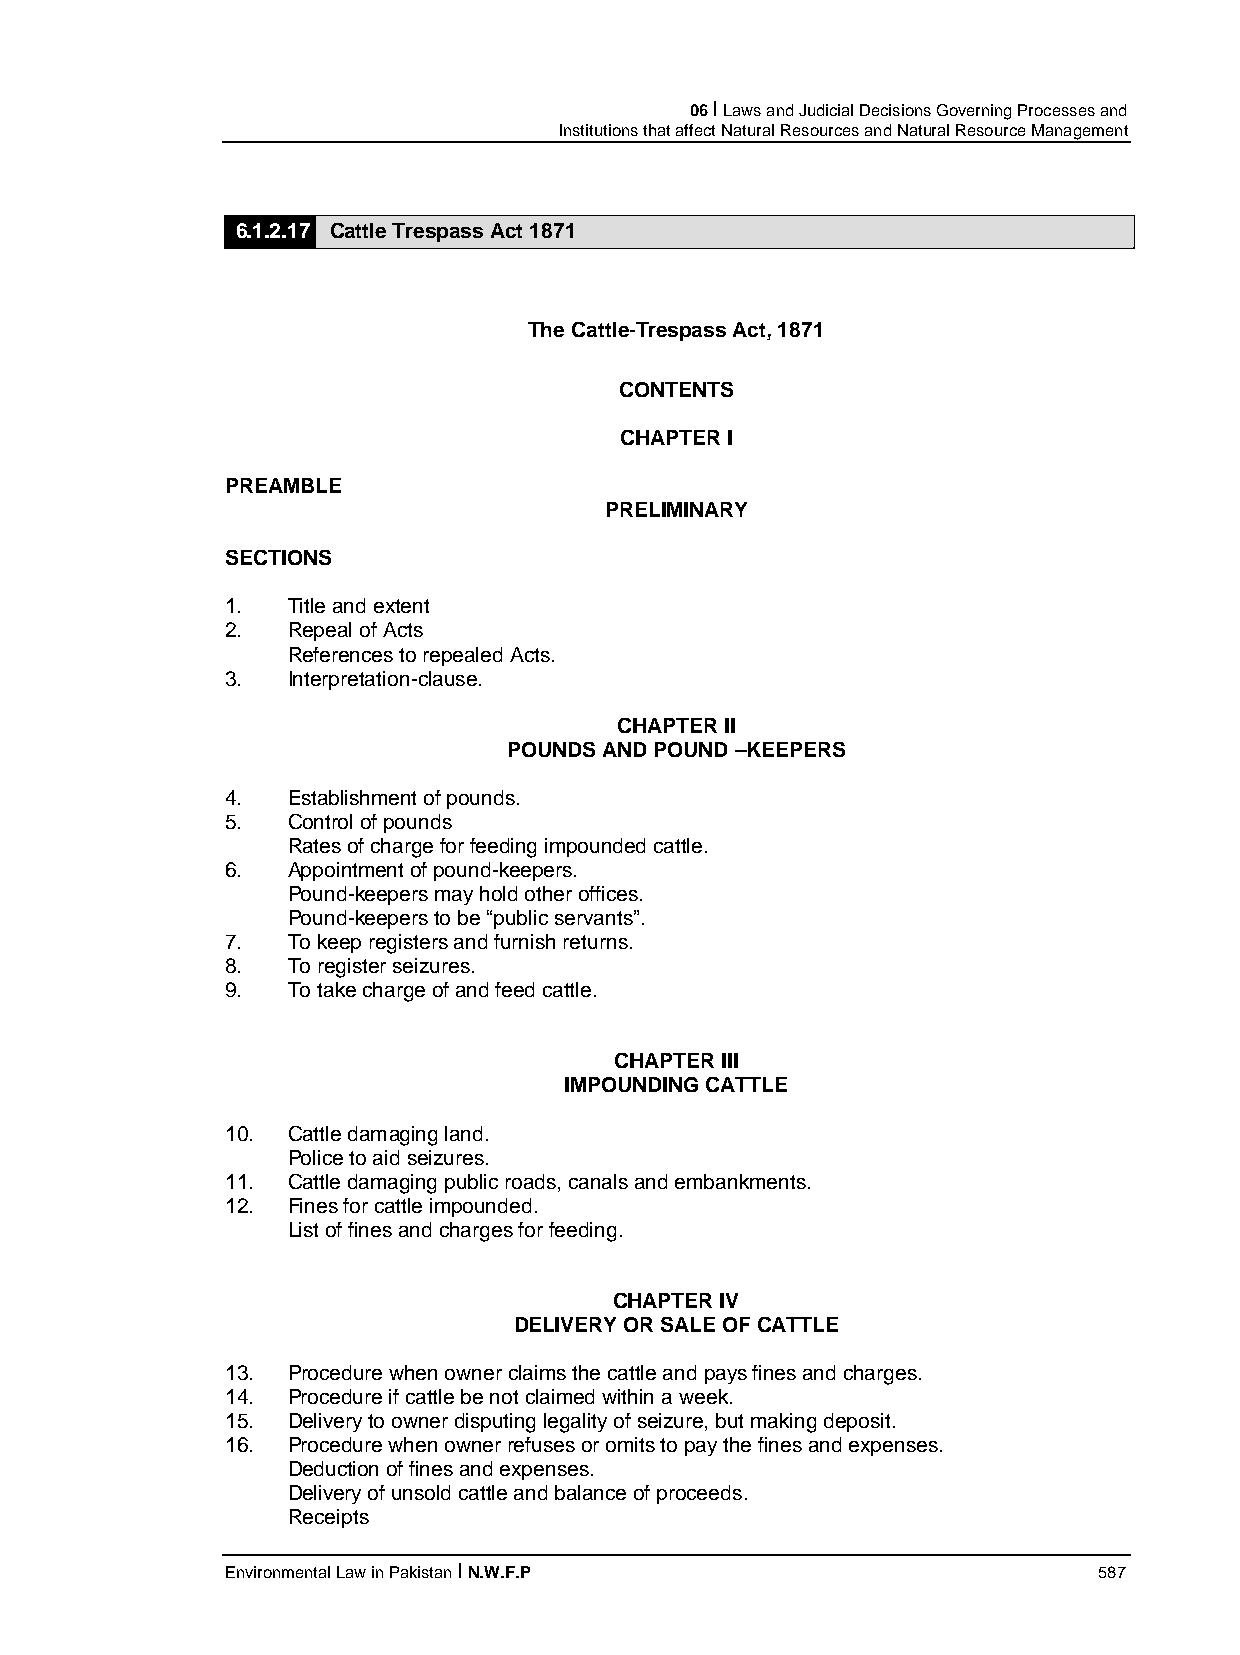
06 I Laws and Judicial Decisions Governing Processes and
 Institutions that affect Natural Resources and Natural Resource Management
 6.1.2.17 Cattle Trespass Act 1871
 The Cattle-Trespass Act, 1871
 CONTENTS
 CHAPTER I
 PREAMBLE
 PRELIMINARY
 SECTIONS
 1.  Title and extent
 2.  Repeal of Acts
 References to repealed Acts.
 3.  Interpretation-clause.
 CHAPTER II
 POUNDS AND POUND –KEEPERS
 4.  Establishment of pounds.
 5.  Control of pounds
 Rates of charge for feeding impounded cattle.
 6.  Appointment of pound-keepers.
 Pound-keepers may hold other offices.
 Pound-keepers to be “public servants”.
 7.  To keep registers and furnish returns.
 8.  To register seizures.
 9.  To take charge of and feed cattle.
 CHAPTER III
 IMPOUNDING CATTLE
 10. Cattle damaging land.
 Police to aid seizures.
 11. Cattle damaging public roads, canals and embankments.
 12. Fines for cattle impounded.
 List of fines and charges for feeding.
 CHAPTER IV
 DELIVERY OR SALE OF CATTLE
 13. Procedure when owner claims the cattle and pays fines and charges.
 14. Procedure if cattle be not claimed within a week.
 15. Delivery to owner disputing legality of seizure, but making deposit.
 16. Procedure when owner refuses or omits to pay the fines and expenses.
 Deduction of fines and expenses.
 Delivery of unsold cattle and balance of proceeds.
 Receipts
 Environmental Law in Pakistan I N.W.F.P                   587